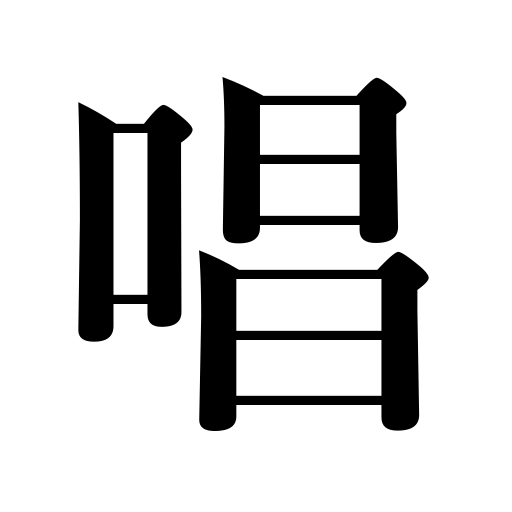
Meanings: recite,advocate,quote prices,chant,call upon,yell banzai,cry,preach